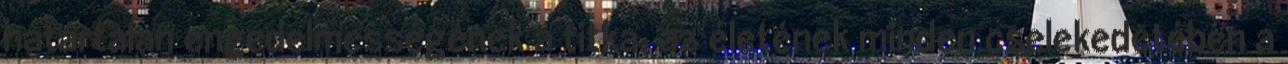
határtalan engedelmességének a titka, az életének minden cselekedetében a